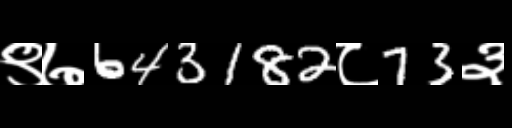
Text: ९७643182८73३